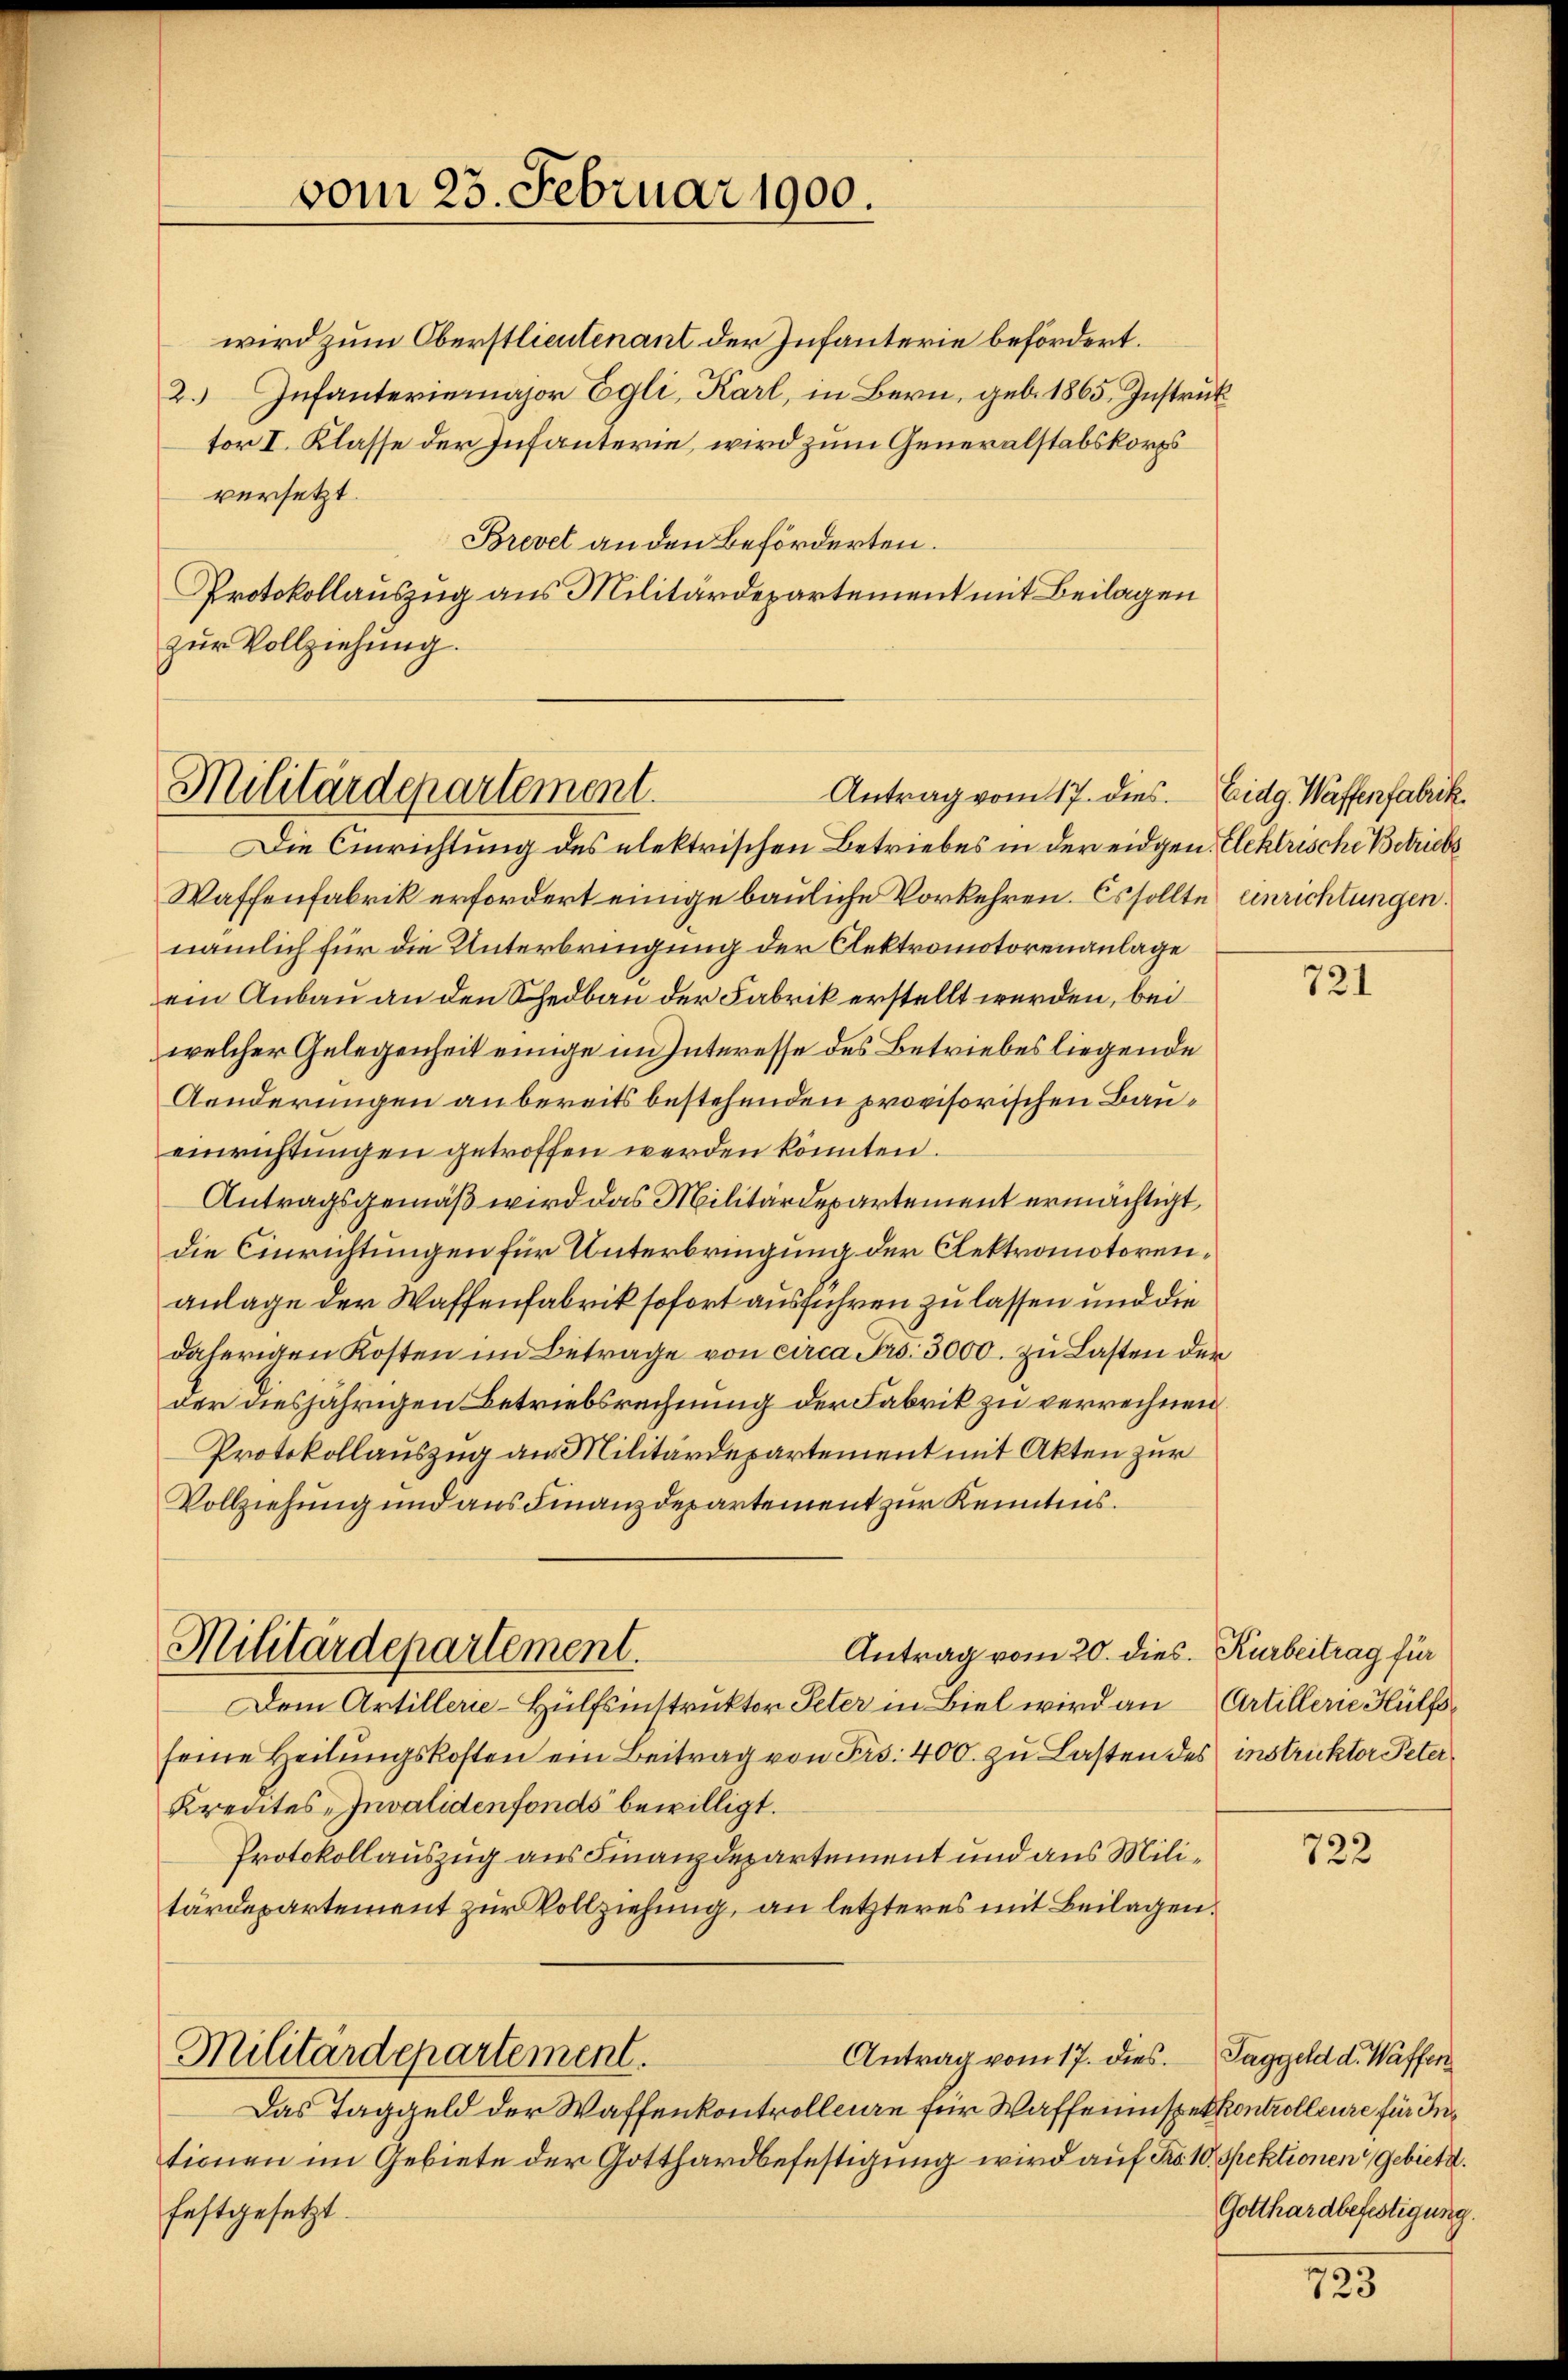
vom 23. Februar 1900.

Militärdepartement.
Antrag vom 17. dies

wird zum Oberstlieutenant der Infanterie befördert.
2. Infanteriemajor Egli, Karl, in Bern, geb. 1865. Instruk
tor I. Klasse der Infanterie, wird zum Generalstabskorps
versetzt.
Brevet an den Beförderten.
Protokollauszug aus Militärdepartement mit Beilagen
zur Vollziehung.

Die Einrichtung des elektrischen Betriebes in der eidgen. Elektrische Betriebs
Waffenfabrik erfordert einige bauliche Vorkehren. Es sollte einrichtungen.
nämlich für die Unterbringung der Clektromotorenanlage
ein Anbau an den Schedbau der Fabrik erstellt werden, bei
welcher Gelegenheit einige im Interesse des Betriebes liegende
Aenderungen anbereits bestehenden provisorischen Baueinrichtungen getroffen werden könnten.
Antragsgemäß wird das Militärdepartement ermächtigt,
die Einrichtungen für Unterbringung der Clektromotorenanlage der Waffenfabrik sofort ausführen zu lassen und die
daherigen Kosten im Betrage von circa Frs. 3000. zu Lasten der
der diesjährigen Betriebsrechnung der Fabrik zu verrechnen
Protokollauszug an Militärdepartement mit Akten zur
Vollziehung und aus Finanzdepartement zur Kenntnis.
Militärdepartement.
Antrag vom 20. dies. Kurbeitrag für
Dem Artillerie-Hülfsinstruktor Peter in Biel wird an Artillerie Hülfsseine Heilungskosten ein Beitrag von Frs. 400. zu Lasten des instruckter Peter¬
Kredites Invalidenfonds bewilligt.
Protokollauszug aus Finanzdepartement und aus Militärdepartement zur Vollziehung, an letzteres mit Beilagen.
Militärdepartement.
Antrag vom 17. dies. Taggeld d. Waffen
Das Taggeld der Waffenkontrollen für Waffeinspetkontrolleure für Intionen im Gebiete der Gotthardbefestigung wird auf No 10. Spektionen Gebiete.
festgesetzt.

Eidg. Waffenfabrik.

721

722

Gotthardbefestigung.

725